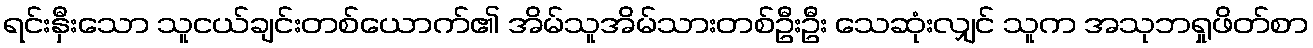
ရင်းနှီးသော သူငယ်ချင်းတစ်ယောက်၏ အိမ်သူအိမ်သားတစ်ဦးဦး သေဆုံးလျှင် သူက အသုဘရှုဖိတ်စာ